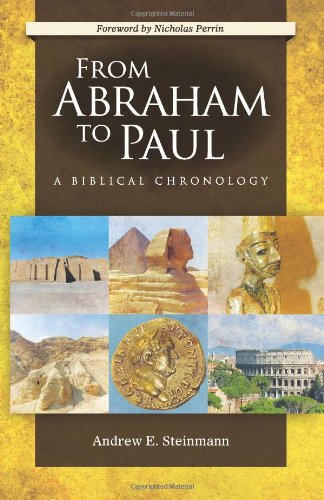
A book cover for From Abraham to Paul: A Biblical Chronology; Andrew E. Steinmann; Christian Books & Bibles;